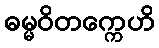
ဓမ္မဝိတက္ကေဟိ